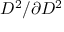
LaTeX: D ^ { 2 } / \partial { D ^ { 2 } }